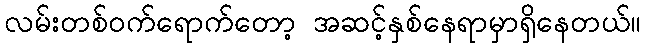
လမ်းတစ်ဝက်ရောက်တော့ အဆင့်နှစ်နေရာမှာရှိနေတယ်။